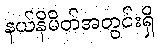
နယ်နိမိတ်အတွင်းရှိ